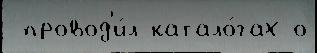
 провод'и́л катало́гах о